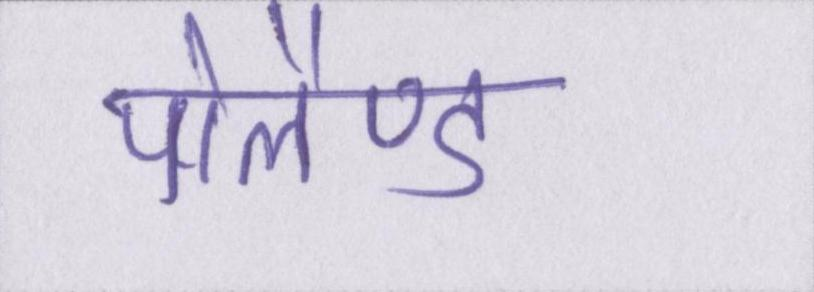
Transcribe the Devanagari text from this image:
पोलैण्ड